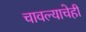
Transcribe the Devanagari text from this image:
चावल्याचेही